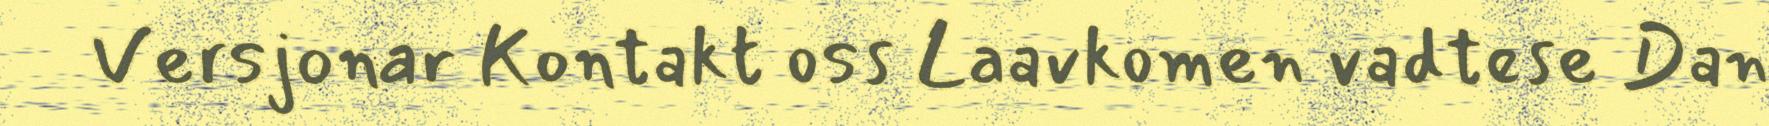
Versjonar Kontakt oss Laavkomen vadtese Dan